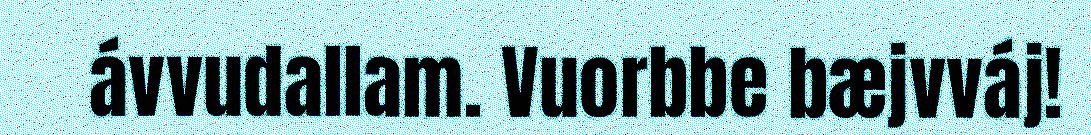
ávvudallam. Vuorbbe bæjvváj!